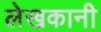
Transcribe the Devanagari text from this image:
लेखकानी